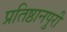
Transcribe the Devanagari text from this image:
प्रतिष्ठानपुरी